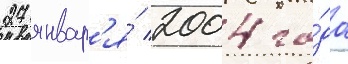
27 январ'я́ 2004 го́да